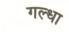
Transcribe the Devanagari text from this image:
गल्धा